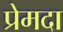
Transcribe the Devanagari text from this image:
प्रेमदा